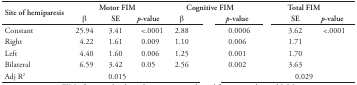
<table><thead><tr><td rowspan="3"><b>Site of hemiparesis</b></td><td colspan="3"><b>Motor FIM</b></td><td colspan="3"><b>Cognitive FIM</b></td><td colspan="3"><b>Total FIM</b></td></tr><tr><td><b>β</b></td><td><b>SE</b></td><td><b><i>p</i>-value</b></td><td><b>β</b></td><td>[EMPTY_CELL]</td><td><b><i>p</i>-value</b></td><td>[EMPTY_CELL]</td><td><b>SE</b></td><td><b><i>p</i>-value</b></td></tr></thead><tbody><tr><td>Constant</td><td>25.94</td><td>3.41</td><td>&lt;.0001</td><td>2.88</td><td>[EMPTY_CELL]</td><td>0.0006</td><td>[EMPTY_CELL]</td><td>3.62</td><td>&lt;.0001</td></tr><tr><td>Right</td><td>4.22</td><td>1.61</td><td>0.009</td><td>1.10</td><td>[EMPTY_CELL]</td><td>0.006</td><td>[EMPTY_CELL]</td><td>1.71</td><td>[EMPTY_CELL]</td></tr><tr><td>Left</td><td>4.40</td><td>1.60</td><td>0.006</td><td>1.25</td><td>[EMPTY_CELL]</td><td>0.001</td><td>[EMPTY_CELL]</td><td>1.70</td><td>[EMPTY_CELL]</td></tr><tr><td>Bilateral</td><td>6.59</td><td>3.42</td><td>0.05</td><td>2.56</td><td>[EMPTY_CELL]</td><td>0.002</td><td>[EMPTY_CELL]</td><td>3.63</td><td>[EMPTY_CELL]</td></tr><tr><td>Adj R<sup>2</sup></td><td>[EMPTY_CELL]</td><td>0.015</td><td>[EMPTY_CELL]</td><td>[EMPTY_CELL]</td><td>[EMPTY_CELL]</td><td>[EMPTY_CELL]</td><td>[EMPTY_CELL]</td><td>0.029</td><td>[EMPTY_CELL]</td></tr></tbody></table>